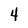
Character: 4